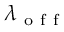
\lambda _ { \mathrm { ~ o ~ f ~ f ~ } }